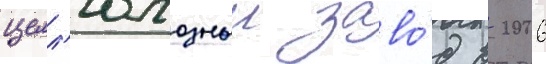
целл'юлозныи заво́д в 2006